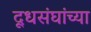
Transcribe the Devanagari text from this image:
दूधसंघांच्या